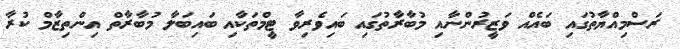
ރަސްމިއްޔާތުގައި ބައެއް ވަޒީރުންނާއި މުބާރާތުގައި ބައިވެރިވާ ޓީމްތަކާއި ބައިބަލާ މުބާރާތް އިންތިޒާމް ކުރާ